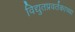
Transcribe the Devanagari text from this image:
विद्युतप्रवर्तकाच्या